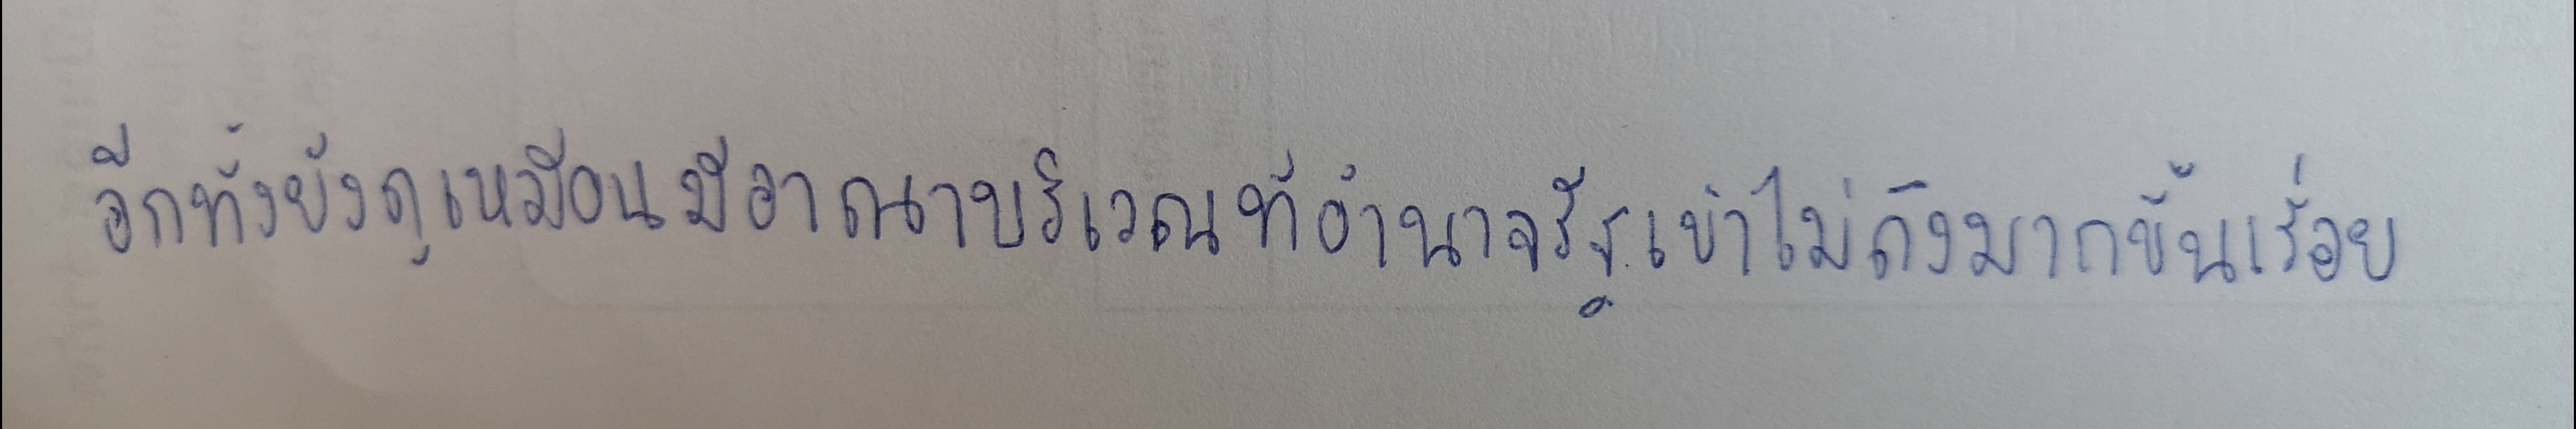
อีกทั้งยังดูเหมือนมีอาณาบริเวณที่อำนาจรัฐเข้าไม่ถึงมากขึ้นเรื่อย